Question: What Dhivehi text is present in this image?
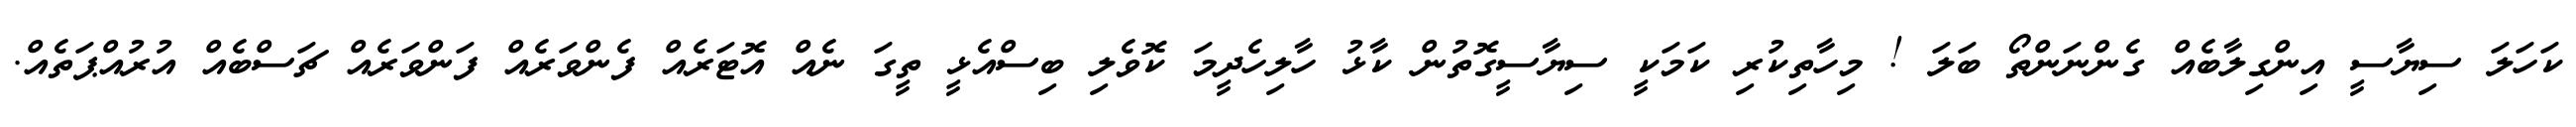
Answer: ކަހަލަ ސިޔާސީ އިންގިލާބެއް ގެންނަންތޯ ބަލަ ! މިހާތިކުރި ކަމަކީ ސިޔާސީގޮތުން ކާޅު ހާލިހެދީމަ ކޮވެލި ބިސްއެޅީ ތީގަ ނެއް އޮޓަރެއް ފެންވަރެއް ފަންވަރެއް ޗަސްބެއް އުރުއްޕަތެއް.